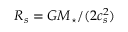
R _ { s } = G M _ { \star } / ( 2 c _ { s } ^ { 2 } )